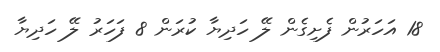
18 އަހަރުން ފެށިގެން ލޭ ހަދިޔާ ކުރަން 8 ފަހަރު ލޭ ހަދިޔާ